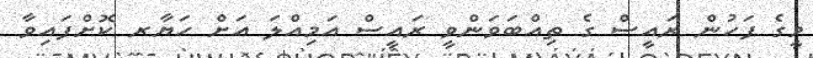
މީގެ ފަހުން ރައީސް ގެ ތިއްބަވަންވީ ރައީސް އަމިއްލަ އަށް ހަޔާރ ކޮށްފައިވާ